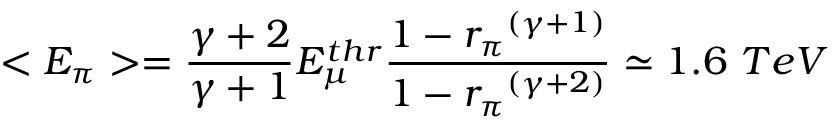
< E _ { \pi } > = \frac { \gamma + 2 } { \gamma + 1 } E _ { \mu } ^ { t h r } \frac { 1 - { r _ { \pi } } ^ { ( \gamma + 1 ) } } { 1 - { r _ { \pi } } ^ { ( \gamma + 2 ) } } \simeq 1 . 6 ~ T e V